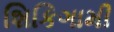
શિકિગામી